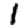
Digit: 1